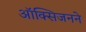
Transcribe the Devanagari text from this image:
ऑक्सिजनने